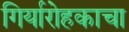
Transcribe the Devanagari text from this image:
गिर्यारोहकाचा